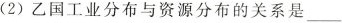
(2)乙国工业分布与资源分布的关系是___